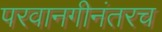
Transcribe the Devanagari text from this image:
परवानगीनंतरच